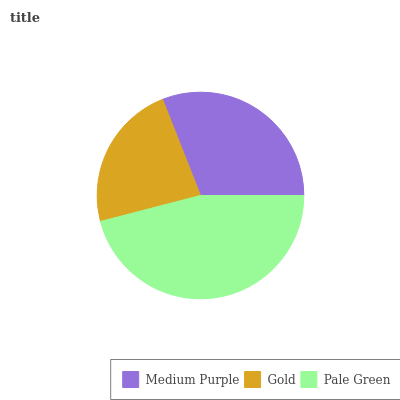
| Medium Purple | Gold | Pale Green |
 | --- | --- | --- |
 | 31% | 23.1% | 45.9% |